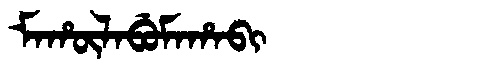
Manchu: ᠮᠠᡥᡡᠯᠠᠪᡠᠮᠠᡥᠠᠪᡳ
Romanization: MAHŪLABUMAHABI